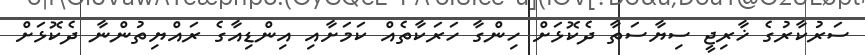
ސަރުކާރުގެ ޚާރިޖީ ސިޔާސަތާ ދެކޮޅަށް ހިންގާ ހަރަކާތެއް ކަމަށާއި އިންޑިއާގެ ރައްޔިތުންނާ ދެކޮޅަށް